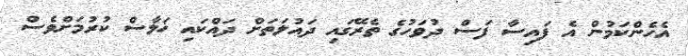
އެހެންކަމުން އެ ފައިސާ ފަސް ދުވަހުގެ ތެރޭގައި ދައުލަތަށް ދައްކައި ޚަލާސް ކުރުމަށްވެސް